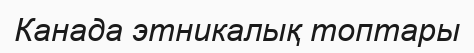
Канада этникалық топтары